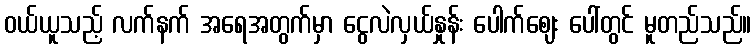
ဝယ်ယူသည့် လက်နက် အရေအတွက်မှာ ငွေလဲလှယ်နှုန်း ပေါက်ဈေး ပေါ်တွင် မူတည်သည်။